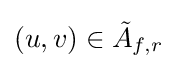
(u,v)\in {\tilde {A}}_{f,r}